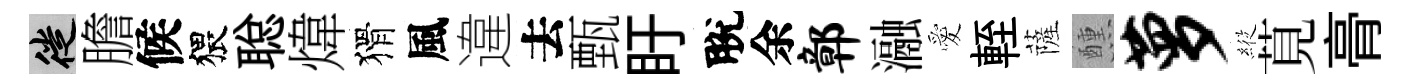
徙膽候猥聪煒猾風違去甄盱脫余鄣瀜愛輊薩醺萝𦂵莧𮌔